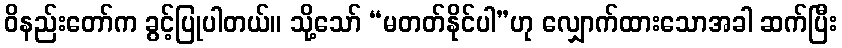
ဝိနည်းတော်က ခွင့်ပြုပါတယ်။ သို့သော် “မတတ်နိုင်ပါ”ဟု လျှောက်ထားသောအခါ ဆက်ပြီး